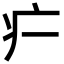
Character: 𬏚